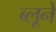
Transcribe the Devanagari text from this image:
ब्लूने